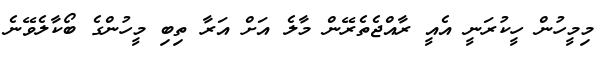
މިމީހުން ހީކުރަނީ އެއީ ރާއްޖެތެރޭން މާލެ އަށް އަރާ ތިބި މީހުންގެ ބޯކާލެވޭނެ